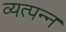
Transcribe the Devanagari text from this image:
व्‍यत्‍पन्‍न